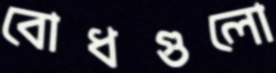
বোধগুলো